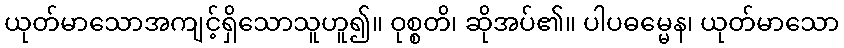
ယုတ်မာသောအကျင့်ရှိသောသူဟူ၍။ ဝုစ္စတိ၊ ဆိုအပ်၏။ ပါပဓမ္မေန၊ ယုတ်မာသော